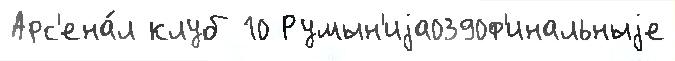
Арс'ена́л клуб 10 Румын'иjа0390ф'инальныjе